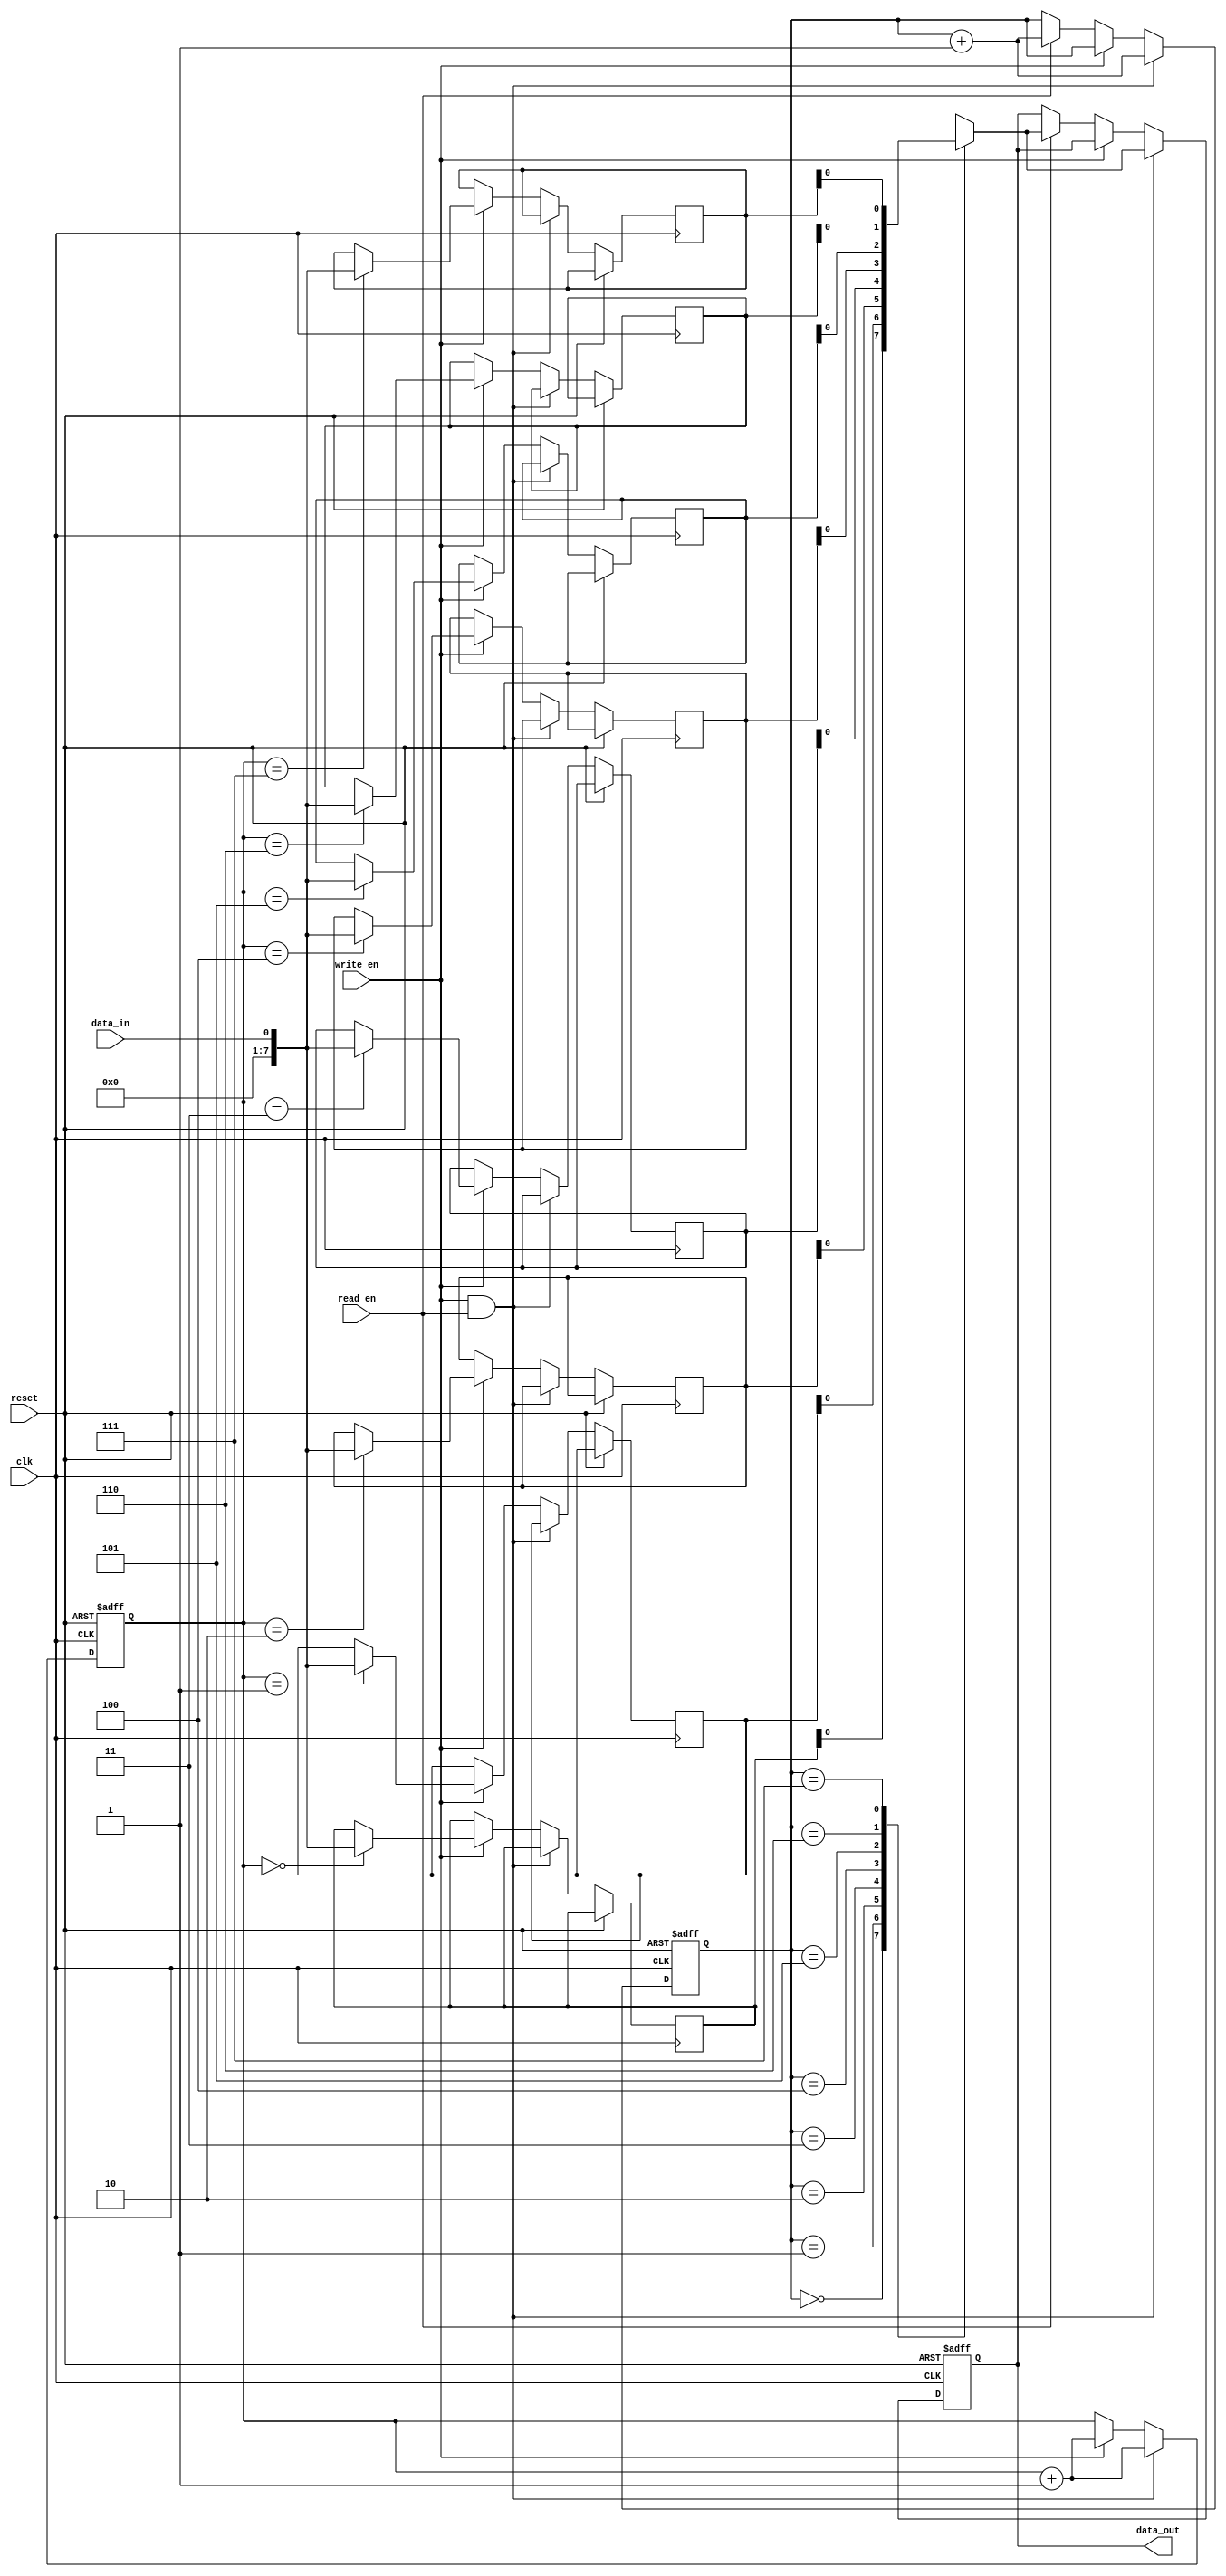
module fifo_buffer
(
  input wire clk,
  input wire reset,
  input wire write_en,
  input wire read_en,
  input wire data_in,
  output reg data_out
);

parameter DEPTH = 8; // Depth of the FIFO buffer
reg [7:0] memory [0:DEPTH-1];
reg [2:0] write_ptr = 0;
reg [2:0] read_ptr = 0;

always @(posedge clk or posedge reset) begin
  if (reset) begin
    write_ptr <= 0;
    read_ptr <= 0;
    data_out <= 0;
  end else begin
    if (write_en && read_en) begin
      data_out <= memory[read_ptr];
      read_ptr <= read_ptr + 1;
      write_ptr <= write_ptr + 1;
    end else if (write_en) begin
      memory[write_ptr] <= data_in;
      write_ptr <= write_ptr + 1;
    end else if (read_en) begin
      data_out <= memory[read_ptr];
      read_ptr <= read_ptr + 1;
    end
  end
end

endmodule